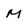
Character: M